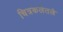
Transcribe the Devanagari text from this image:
चित्रकलेतले